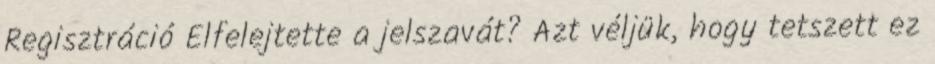
Regisztráció Elfelejtette a jelszavát? Azt véljük, hogy tetszett ez